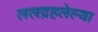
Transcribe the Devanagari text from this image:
ललद्रहलेल्या